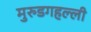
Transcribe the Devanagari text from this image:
मुरुडगहल्ली